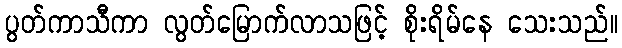
ပွတ်ကာသီကာ လွတ်မြောက်လာသဖြင့် စိုးရိမ်နေ သေးသည်။